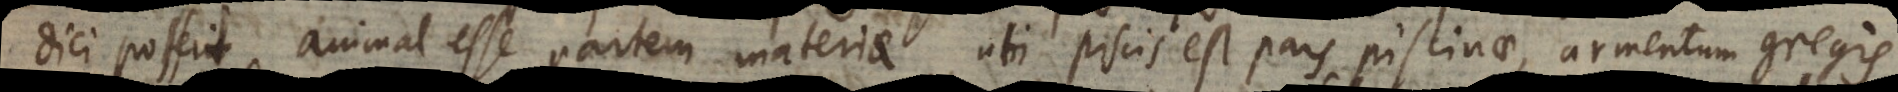
i possit animal esse partem materiae, uti piscis est pars piscinae, armentum gregis,